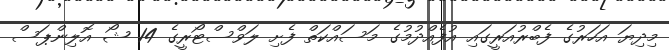
މިދިޔަ އަހަރުގެ ފެބްރުއަރީގައި އުފެއްދުމުގެ މަސައްކަތް ފެށި ލަވްސްޓޯރީގެ 14 ޝޯ އޮލިންޕަސް